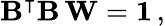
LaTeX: \mathbf{B}^{\intercal}\mathbf{B}\, \mathbf{W}=\mathbf{1}\, ,